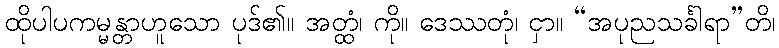
ထိုပါပကမ္မန္တာဟူသော ပုဒ်၏။ အတ္ထံ၊ ကို။ ဒေဿတုံ၊ ငှာ။ “အပုညသင်္ခါရာ”တိ၊